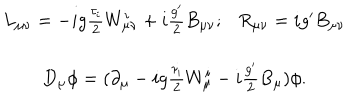
\begin{array} { c l } { { L _ { \mu \nu } = - i g \frac { \tau _ { i } } { 2 } W _ { \mu \nu } ^ { i } + i \frac { g ^ { \prime } } { 2 } B _ { \mu \nu } ; R _ { \mu \nu } = i g ^ { \prime } B _ { \mu \nu } } } \\ { { D _ { \mu } \phi = ( { \partial } _ { \mu } - i g \frac { { \tau } _ { i } } { 2 } W _ { \mu } ^ { i } - i \frac { g ^ { \prime } } { 2 } B _ { \mu } ) \phi . } } \\ \end{array}